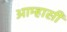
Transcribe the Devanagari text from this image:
आम्हासी